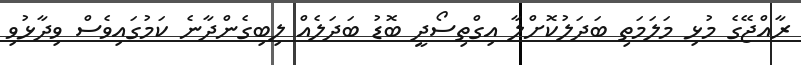
ރާއްޖޭގެ މުޅި މަލަމަތި ބަދަލުކޮށްލާ އިގްތިސޯދީ ބޮޑު ބަދަލެއް ލިބިގެންދާނެ ކަމުގައިވެސް ވިދާޅުވި